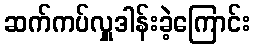
ဆက်ကပ်လှူဒါန်းခဲ့ကြောင်း